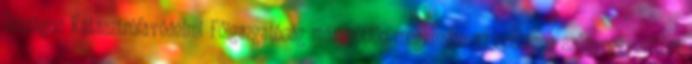
Országos Katasztrófavédelmi Főigazgatóság már hétfőn megkezdte az országos szúnyoggyérítési